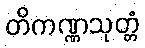
တိကဏ္ဏသုတ္တံ